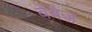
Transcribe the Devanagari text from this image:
बेबेज